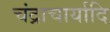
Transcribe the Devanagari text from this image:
चंद्राचार्यादि